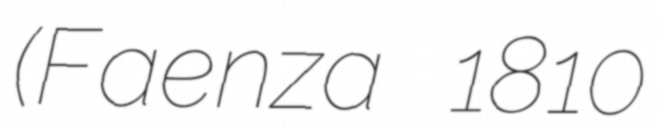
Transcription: (Faenza 1810